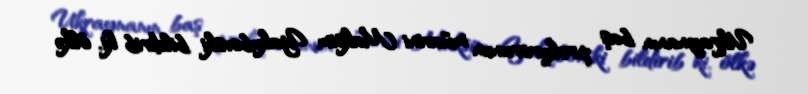
Ukraynanın baş prokurorunun müavini Maksim Yakubovski bildirib ki, ölkə